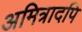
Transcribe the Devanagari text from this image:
अमित्रादपि